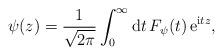
LaTeX: \begin{align*}\psi(z)={1\over\sqrt {2\pi}}\int_0^{\infty}{\rm d} t \,F_{\psi}(t) \, {\rm e}^{{\rm i} tz},\end{align*}